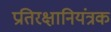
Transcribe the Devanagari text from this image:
प्रतिरक्षानियंत्रक